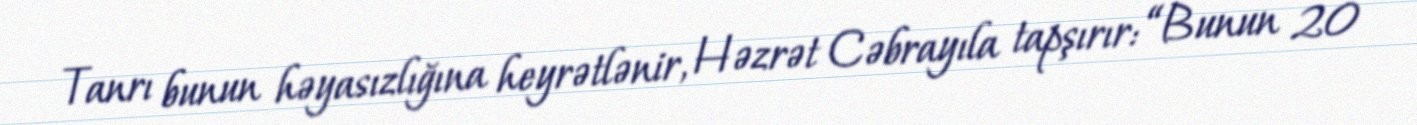
Tanrı bunun həyasızlığına heyrətlənir, Həzrət Cəbrayıla tapşırır: “Bunun 20